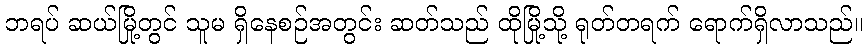
ဘရပ် ဆယ်မြို့တွင် သူမ ရှိနေစဉ်အတွင်း ဆတ်သည် ထိုမြို့သို့ ရုတ်တရက် ရောက်ရှိလာသည်။